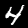
Digit: 4